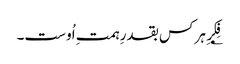
؂فِکرِ ہر کس بقدرِ ہمتِ اُوست۔